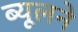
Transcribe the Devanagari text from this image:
ब्यूलने